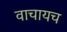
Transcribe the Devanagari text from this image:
वाचायच